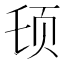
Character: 𱂠